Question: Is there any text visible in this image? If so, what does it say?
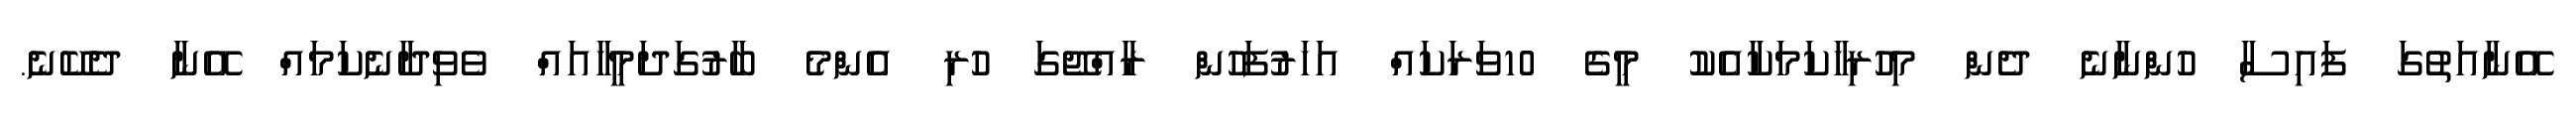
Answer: އޭނާއަތުގަ ފައިސާ ހުންނާނެ ދެން މިހުރިހާކަމަކާއެކު މީގެ 10ވަރަކައް އަހަރުފަހުން ރާއްޖޭގަ ހުރި އެންމެ ބާރުގަދަމީހާއައް ވެވިދާނެކަމައް އޭނާ ދެކޭނެ.